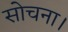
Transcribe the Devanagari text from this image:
सोचना।